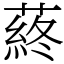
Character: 蔠